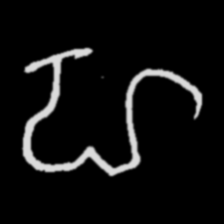
Pyu character \u2014 Myanmar letter: ဟ (romanized: ha)